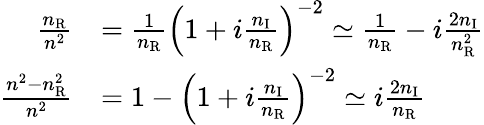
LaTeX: \begin{array}{rl}{\frac{n_{\mathrm{R}}}{n^{2}}}&{=\frac{1}{n_{\mathrm{R}}}\left(1+i\frac{n_{\mathrm{I}}}{n_{\mathrm{R}}}\right)^{-2}\simeq\frac{1}{n_{\mathrm{R}}}-i\frac{2n_{\mathrm{I}}}{n_{\mathrm{R}}^{2}}}\\ {\frac{n^{2}-n_{\mathrm{R}}^{2}}{n^{2}}}&{=1-\left(1+i\frac{n_{\mathrm{I}}}{n_{\mathrm{R}}}\right)^{-2}\simeq i\frac{2n_{\mathrm{I}}}{n_{\mathrm{R}}}}\end{array}